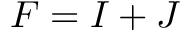
\ensuremath { \boldsymbol { F } } = \ensuremath { \boldsymbol { I } } + \ensuremath { \boldsymbol { J } }